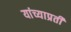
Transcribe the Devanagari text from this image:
यांच्याप्रती